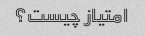
امتیاز چیست؟